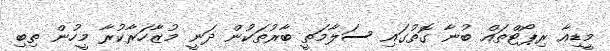
މީޑިއާ ރިޕޯޓްތައް ބުނާ ގޮތުގައި ސަލާމަތީ ބާރުތަކުން ދަނީ މުޒާހަރާކުރާ މީހުން ތިބި